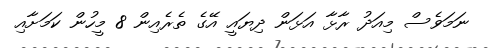
ނަމަވެސް މިއަދު ރާޅާ އަޅަން ދިޔައީ އޭގެ ތެރެއިން 8 މީހުން ކަމަށާއި